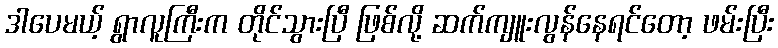
ဒါပေမယ့် ရွာလူကြီးက တိုင်သွားပြီ ဖြစ်လို့ ဆက်ကျူးလွန်နေရင်တော့ ဖမ်းပြီး